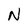
Character: N